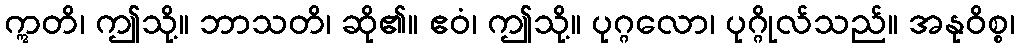
ဣတိ၊ ဤသို့။ ဘာသတိ၊ ဆို၏။ ဧဝံ၊ ဤသို့။ ပုဂ္ဂလော၊ ပုဂ္ဂိုလ်သည်။ အနုဝိစ္စ၊